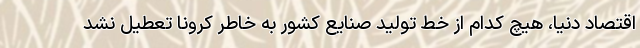
اقتصاد دنیا، هیچ کدام از خط تولید صنایع کشور به خاطر کرونا تعطیل نشد